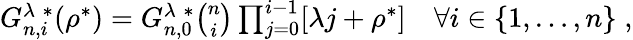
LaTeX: \begin{array}{r}{G_{n,i}^{\lambda\; *}(\rho^{*})=G_{n,0}^{\lambda\; *}\binom{n}{i}\prod_{j=0}^{i-1}[\lambda j+\rho^{*}]\quad\forall i\in\lbrace 1,\dots,n\rbrace\; ,}\end{array}